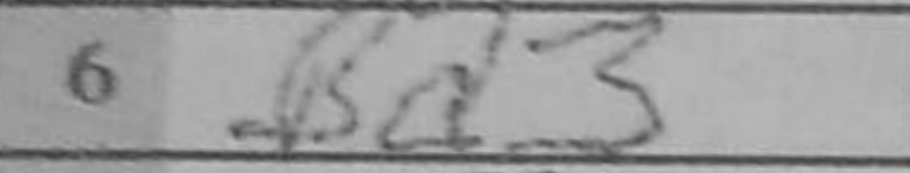
Transcription: Bd3